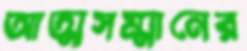
আত্মসম্মানের